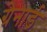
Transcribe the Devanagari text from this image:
ग्रेनार्ड